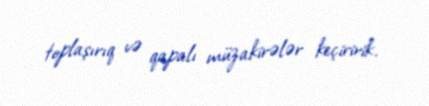
toplaşırıq və qapalı müzakirələr keçiririk.